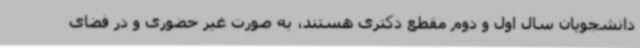
دانشجویان سال اول و دوم مقطع دکتری هستند، به صورت غیر حضوری و در فضای